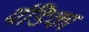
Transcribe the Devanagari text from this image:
पंडिका